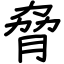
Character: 脅